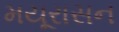
મયૂરાસન